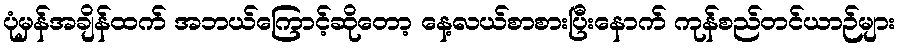
ပုံမှန်အချိန်ထက် အဘယ်ကြောင့်ဆိုတော့ နေ့လယ်စာစားပြီးနောက် ကုန်စည်တင်ယာဉ်များ